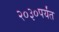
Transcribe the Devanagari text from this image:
२०३०पर्यंत